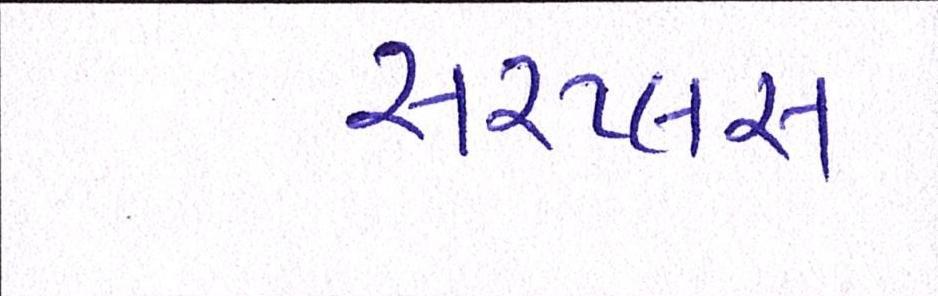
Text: સરપ્લસ